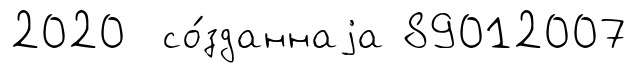
2020 со́зданнаjа 89012007